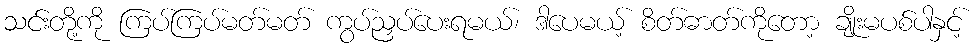
သင်းတို့ကို ကြပ်ကြပ်မတ်မတ် ကွပ်ညှပ်ပေးရမယ်၊ ဒါပေမယ့် စိတ်ဓာတ်ကိုတော့ ချိုးမပစ်ပါနှင့်